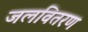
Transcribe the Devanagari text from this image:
जलवितरण